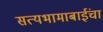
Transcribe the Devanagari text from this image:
सत्यभामाबाईंचा